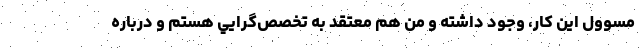
مسوول اين كار، وجود داشته و من هم معتقد به تخصص‌گرايي هستم و درباره